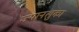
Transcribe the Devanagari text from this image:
ज्यानलुका